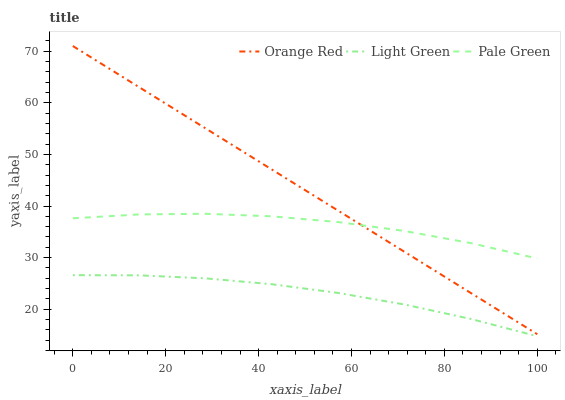
| xaxis_label | Orange Red | Light Green | Pale Green |
 | --- | --- | --- | --- |
 | 0 | 71 | 26.6 | 37.6 |
 | 14.3 | 63 | 26.6 | 38.4 |
 | 28.6 | 55 | 26 | 38.5 |
 | 42.9 | 47.1 | 24.8 | 38 |
 | 57.1 | 39.1 | 23.2 | 36.9 |
 | 71.4 | 31.1 | 20.9 | 35.2 |
 | 85.7 | 23.1 | 18.1 | 32.8 |
 | 100 | 15.2 | 14.8 | 29.8 |